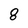
Character: 8